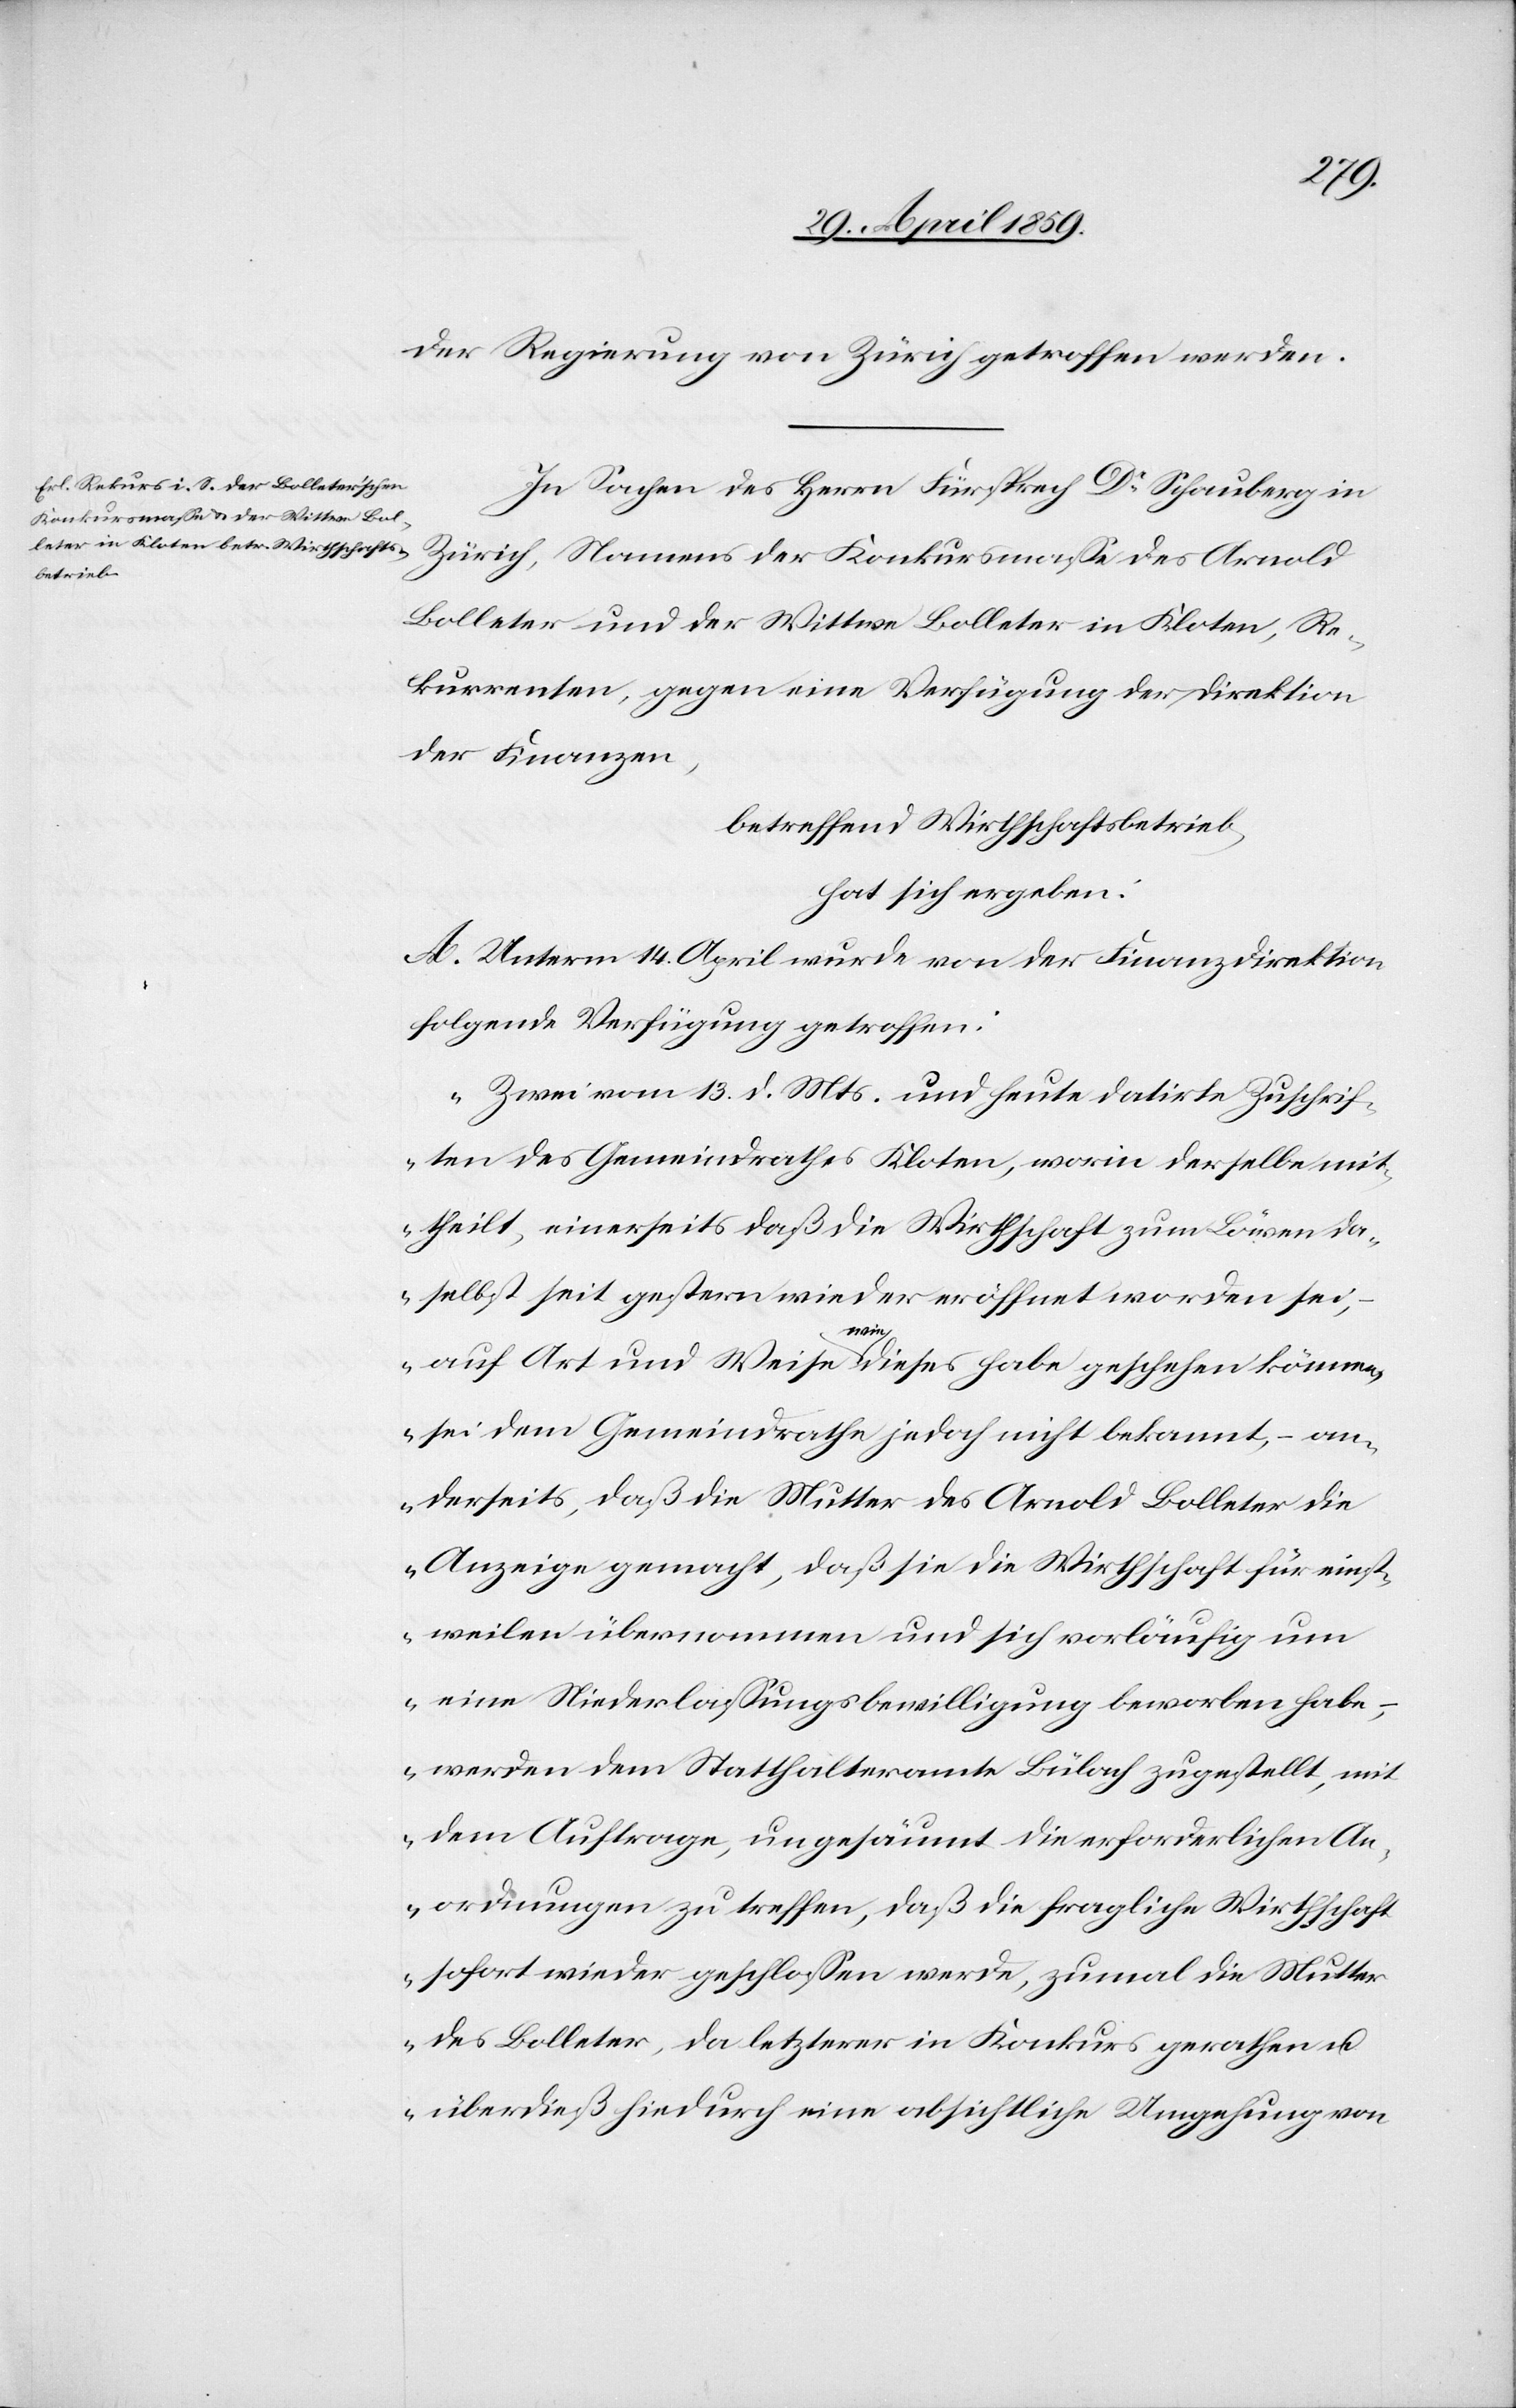
der Regierung von Zürich getroffen werden.
In Sachen des Herrn Fürsprech Dr. Schauberg in
Zürich, Namens der Konkursmaße des Arnold
Bolleter und der Wittwe Bolleter in Kloten, Re¬
kurrenten, gegen eine Verfügung der Direktion
der Finanzen,
betreffend Wirthschaftsbetrieb,
hat sich ergeben:
A. Unterm 14. April wurde von der Finanzdirektion
folgende Verfügung getroffen:
„Zwei vom 13. d. Mts. und heute datirte Zuschrif¬
ten des Gemeindrathes Kloten, worin derselbe mit¬
theilt, einerseits daß die Wirthschaft zum Löwen da¬
selbst seit gestern wieder eröffnet worden sei,
( auf Art und Weise wie dieses habe geschehen können,
sei dem Gemeindrathe jedoch nicht bekannt, ( an¬
derseits, daß die Mutter des Arnold Bolleter die
Anzeige gemacht, daß sie die Wirthschaft für einst¬
weilen übernommen und sich vorläufig um
eine Niederlaßungsbewilligung beworben habe,
werden dem Statthalteramte Bülach zugestellt, mit
dem Auftrage, ungesäumt die erforderlichen An¬
ordnungen zu treffen, daß die fragliche Wirthschaft
sofort wieder geschloßen werde, zumal die Mutter
des Bolleter, da letzterer in Konkurs gerathen u.
überdieß hiedurch eine absichtliche Umgehung von